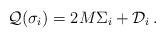
LaTeX: \begin{align*}{\cal Q}(\sigma_{i})=2M\Sigma_{i}+{\cal D}_{i}\,.\end{align*}